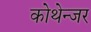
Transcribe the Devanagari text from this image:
कोथेन्जर